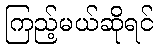
ကြည့်မယ်ဆိုရင်